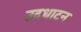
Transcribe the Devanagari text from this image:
उदधाटन